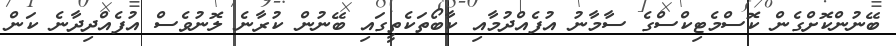
ބޭނުންކޮށްގެން ކޮސްމެޓިކްސްގެ ސާމާނު އުފެއްދުމާއި ކާބޯތަކެތީގައި ބޭނުން ކުރާނެ ލޮނުވެސް އުފެއްދިދާނެ ކަން